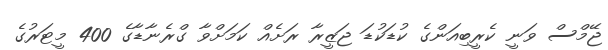
ޖޭމްސް ވަނީ ކެރީބިއަންގެ ކުޑަކުޑަ ޖަޒީރާ ރަށެއް ކަމަށްވާ ގްރެނާޑާގެ 400 މީޓަރުގެ